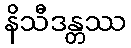
နိသီဒန္တဿ